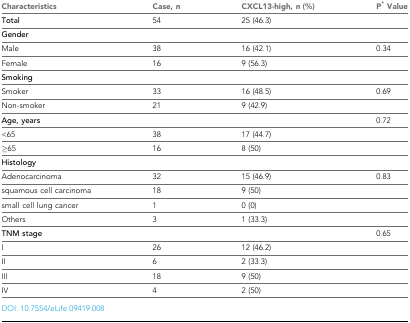
<table><thead><tr><td><b>Characteristics</b></td><td><b>Case, <i>n</i></b></td><td><b>CXCL13-high, <i>n</i> (%)</b></td><td><b>P<sup>*</sup> Value</b></td></tr></thead><tbody><tr><td><b>Total</b></td><td>54</td><td>25 (46.3)</td><td></td></tr><tr><td><b>Gender</b></td><td></td><td></td><td></td></tr><tr><td>Male</td><td>38</td><td>16 (42.1)</td><td>0.34</td></tr><tr><td>Female</td><td>16</td><td>9 (56.3)</td><td></td></tr><tr><td><b>Smoking</b></td><td></td><td></td><td></td></tr><tr><td>Smoker</td><td>33</td><td>16 (48.5)</td><td>0.69</td></tr><tr><td>Non-smoker</td><td>21</td><td>9 (42.9)</td><td></td></tr><tr><td><b>Age, years</b></td><td></td><td></td><td>0.72</td></tr><tr><td>&lt;65</td><td>38</td><td>17 (44.7)</td><td></td></tr><tr><td>≥65</td><td>16</td><td>8 (50)</td><td></td></tr><tr><td><b>Histology</b></td><td></td><td></td><td></td></tr><tr><td>Adenocarcinoma</td><td>32</td><td>15 (46.9)</td><td>0.83</td></tr><tr><td>squamous cell carcinoma</td><td>18</td><td>9 (50)</td><td></td></tr><tr><td>small cell lung cancer</td><td>1</td><td>0 (0)</td><td></td></tr><tr><td>Others</td><td>3</td><td>1 (33.3)</td><td></td></tr><tr><td><b>TNM stage</b></td><td></td><td></td><td>0.65</td></tr><tr><td>I</td><td>26</td><td>12 (46.2)</td><td></td></tr><tr><td>II</td><td>6</td><td>2 (33.3)</td><td></td></tr><tr><td>III</td><td>18</td><td>9 (50)</td><td></td></tr><tr><td>IV</td><td>4</td><td>2 (50)</td><td></td></tr></tbody></table>